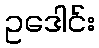
ဥဒေါင်း